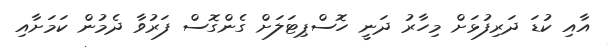
އާއި ކުޑަ ދަރިފުޅަށް މިހާރު ދަނީ ހޮސްޕިޓަލަށް ގެންގޮސް ފަރުވާ ދެމުން ކަމަށާއި